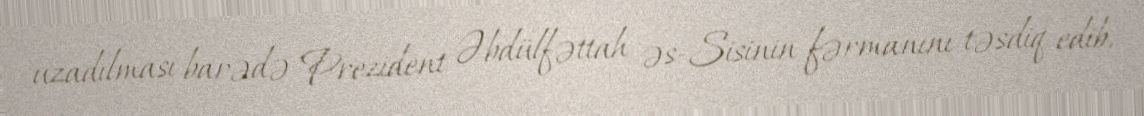
uzadılması barədə Prezident Əbdülfəttah əs-Sisinin fərmanını təsdiq edib.